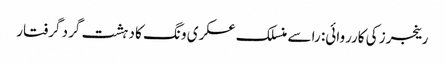
رینجرز کی کارروائی: را سے منسلک عسکری ونگ کا دہشت گرد گرفتار